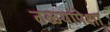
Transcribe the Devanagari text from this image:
तळ्यांपेक्षा